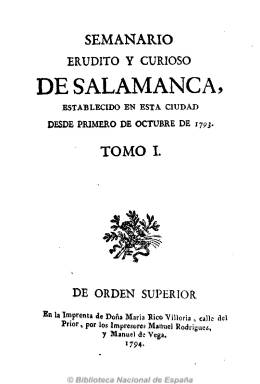
Título: Semanario erudito y curioso de Salamanca
Otros títulos: Título: Semanario de Salamanca, 8 oct. 1793
Colección: Cultura
Ámbito geográfico: Salamanca
Lugar de publicación: Salamanca
Fechas: 01/10/1793-11/03/1794

Considerado como el primer periódico de esta ciudad –aunque existan otros antecedentes en el mismo siglo XVIII-, su fundación fue atribuida erróneamente a los entonces profesores de la Universidad salmantina Juan Pablo Forner y Juan Meléndez Valdés. Fue sin embargo su artífice el presbítero Francisco Prieto Torres, que dos años antes ya había sufrido el intento fallido para obtener licencia para la publicación de lo que pudiera haber sido Diario de Salamanca, y que durante el trienio (1820-1823) será un exaltado liberal. El Semanario aparece el uno de octubre de 1793, con frecuencia bisemanal (martes y sábado), en números de ocho páginas de la imprenta de doña María Rico Villoría, y compuesto a una columna por los impresores Manuel de la Vega y Manuel Rodríguez.

Clásico periódico de finales del XVIII español que “versaba sobre varios asuntos correspondientes a ciencias, artes y otros de inocente diversión”, sus contenidos se dividirán en dos partes diferenciadas. La primera dedicada a artículos de índole doctrinal en forma de discursos, pastorales, etc., y de divulgación de los adelantos en física, astronomía, química, medicina y ciencias naturales, así como de política, historia, economía, comercio y agricultura, y bellas artes, filosofía, religión y moral. También ofrece un gran espacio a la literatura crítica y de creación (fábulas), especialmente en verso (sonetos, silvas, romances, letrillas, enigmas, etc.). La parte final está dedicada a las noticias particulares: precios de los granos, pérdidas, hallazgos, ventas, teatro, vacantes eclesiásticas, reales cédulas, libros, etc.

Impreso bajo licencia o privilegio real, a partir del número 48, correspondiente al 15 de marzo de 1794, cambia su título por Semanario de Salamanca, el mismo que había adoptado de forma ocasional también en su número 3. Véase este último título en la colección de la Biblioteca Nacional de España.